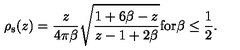
\rho _ { \mathrm { s } } ( z ) = { \frac { z } { 4 \pi \beta } } \sqrt { { \frac { 1 + 6 \beta - z } { z - 1 + 2 \beta } } } \mathrm { f o r } \beta \leq { \frac { 1 } { 2 } } .